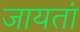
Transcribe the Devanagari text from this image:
जायतां